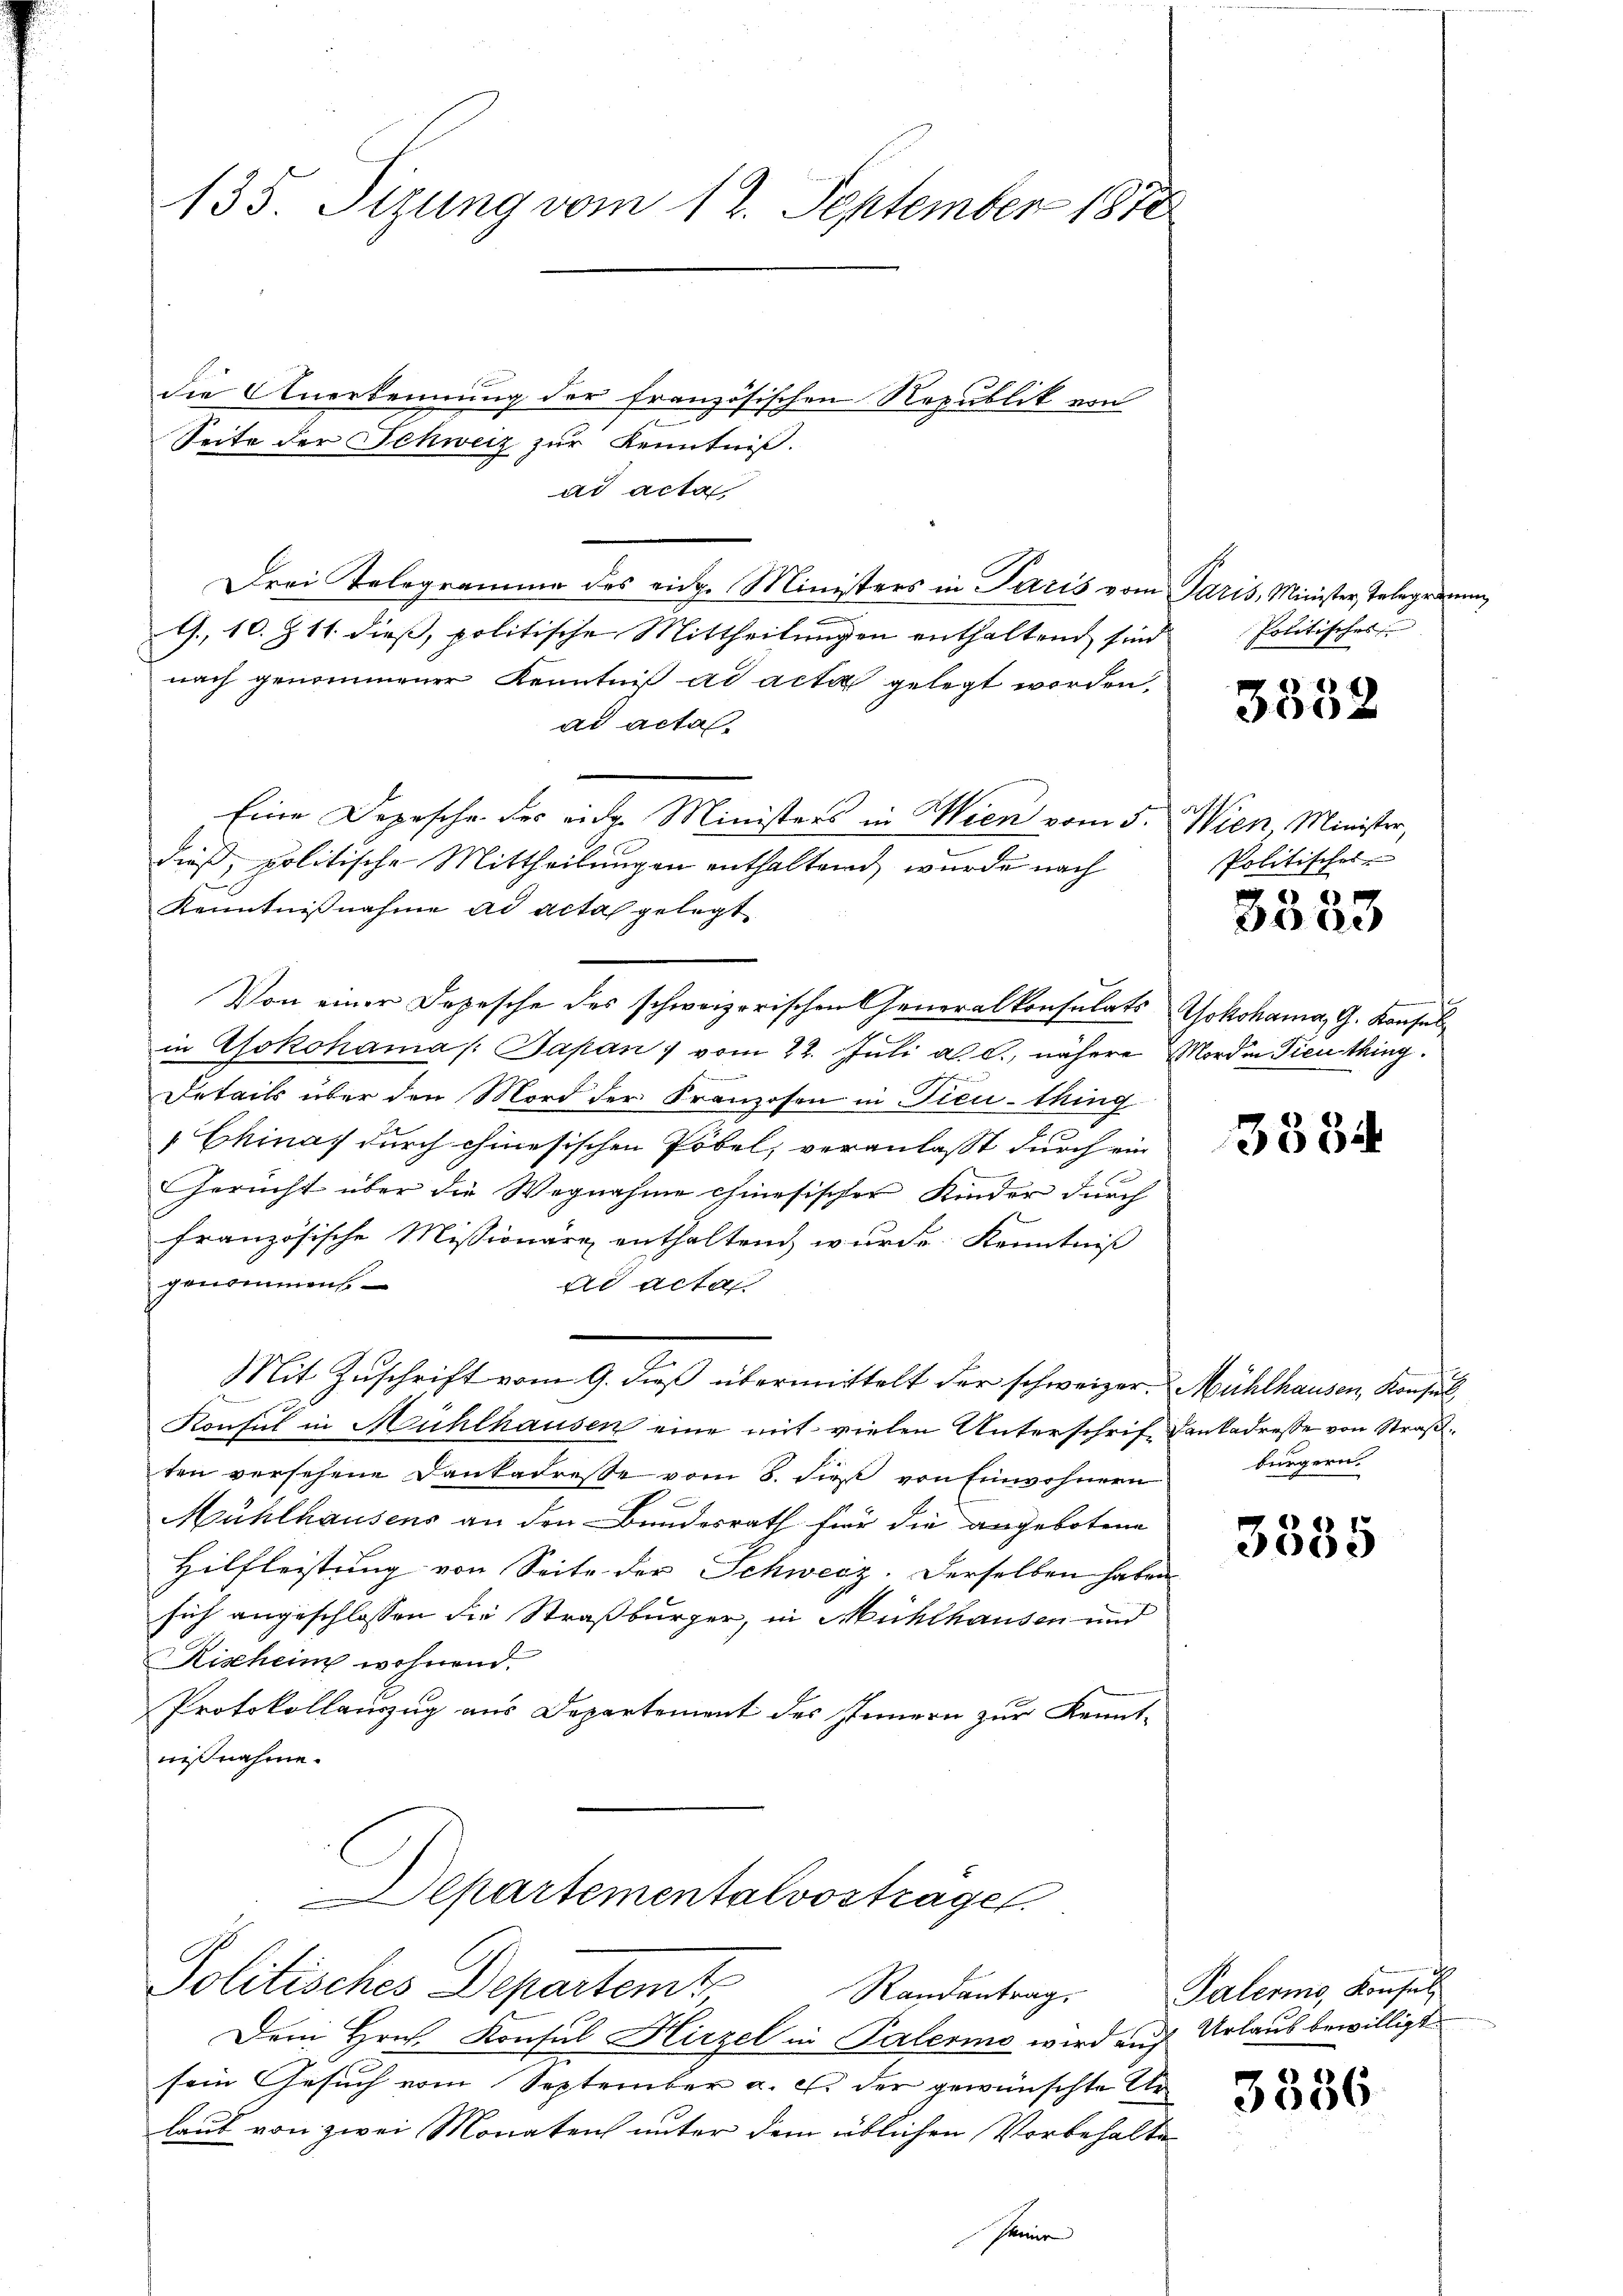
135. Sizung vom 12. September 1870

die Anerkennung der französischen Republik von
Seite der Schweiz zur Kenntniß.
ad acta
Drei Telegramme des eidg. Ministers in Paris vom Paris, Minister, Telegramm
t., 10. § 11. dieß, politische Mittheilungen enthaltend sind
nach genommener Kenntniß ad acta gelegt worden,
ad actas
Eine Depesche des eidg. Ministers in Wien vom 5. Wien, Minister,
dieß, politische Mittheilungen enthaltend, wurde nach
Kenntnißnahme ad acta gelegt
Von einer Depesche des schweizerischen Generalkonsulats Yokohama, G. Konsul
in Yokohama /: Japan) vom 22. Juli a. c., nähere Morden Diensthing.
u
Details über den Mord der Franzosen in Ficu-thing
Chinas durch chinesischen Pöbel, veranlasst durch ein
Gericht über die Wegnahme chinesischer Kinder durch
französische Missionärg enthaltend wurde Kenntniß
genommen.
ad acta
Mit Zŭschrift vom 9. dieβ übermittelt der schweizer. Mühlhausen, Konsul
Konsul in Mühlhausen eine mit vielen Unterschrif. Dankadresse von Straßten versehene Dankadresse vom 8. dieß von Einwohnern
Mühlhausens an den Bundesrath für die angebotene
Hilfleistung von Seite der Schweiz. Derselben haben
sich angeschlossen die Straßburger, in Mühlhausen und
Rischein wohnend.
Protokollanzug aus Departement des Innern zur Kennt-
nißnahme.

Departementalvostrage
Politisches Departemt
Randantrag.

Dem Hrn. Konsul Hirzel in Palermo wird auf Urlaus bewilligt
sein Gesuch vom September a. c. der gewünschte An
laub von zwei Monaten unter dem üblichen Vorbehalt
seine

Politisches

3332

Politisches

6)
3300

3384

bürgern.

3535

Palers, Konsul

3356